Elephants and their diseases
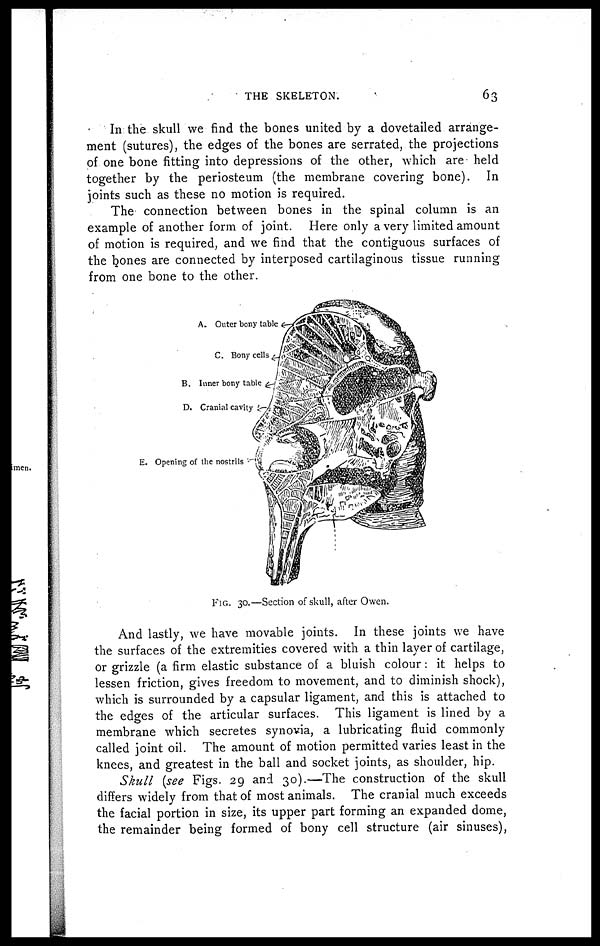
THE SKELETON.
63
In the skull we find the bones united by a dovetailed arrange¬
ment (sutures), the edges of the bones are serrated, the projections
of one bone fitting into depressions of the other, which are held
together by the periosteum (the membrane covering bone). In
joints such as these no motion is required.
The connection between bones in the spinal column is an
example of another form of joint. Here only a very limited amount
of motion is required, and we find that the contiguous surfaces of
the bones are connected by interposed cartilaginous tissue running
from one bone to the other.
And lastly, we have movable joints. In these joints we have
the surfaces of the extremities covered with a thin layer of cartilage,
or grizzle (a firm elastic substance of a bluish colour: it helps to
lessen friction, gives freedom to movement, and to diminish shock),
which is surrounded by a capsular ligament, and this is attached to
the edges of the articular surfaces. This ligament is lined by a
membrane which secretes synovia, a lubricating fluid commonly
called joint oil. The amount of motion permitted varies least in the
knees, and greatest in the ball and socket joints, as shoulder, hip.
Skull (see Figs. 29 and 30).—The construction of the skull
differs widely from that of most animals. The cranial much exceeds
the facial portion in size, its upper part forming an expanded dome,
the remainder being formed of bony cell structure (air sinuses),
FIG. 30.—Section of skull, after Owen.